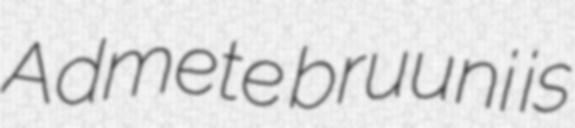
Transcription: Admete bruuni is